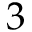
3